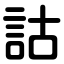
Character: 詁